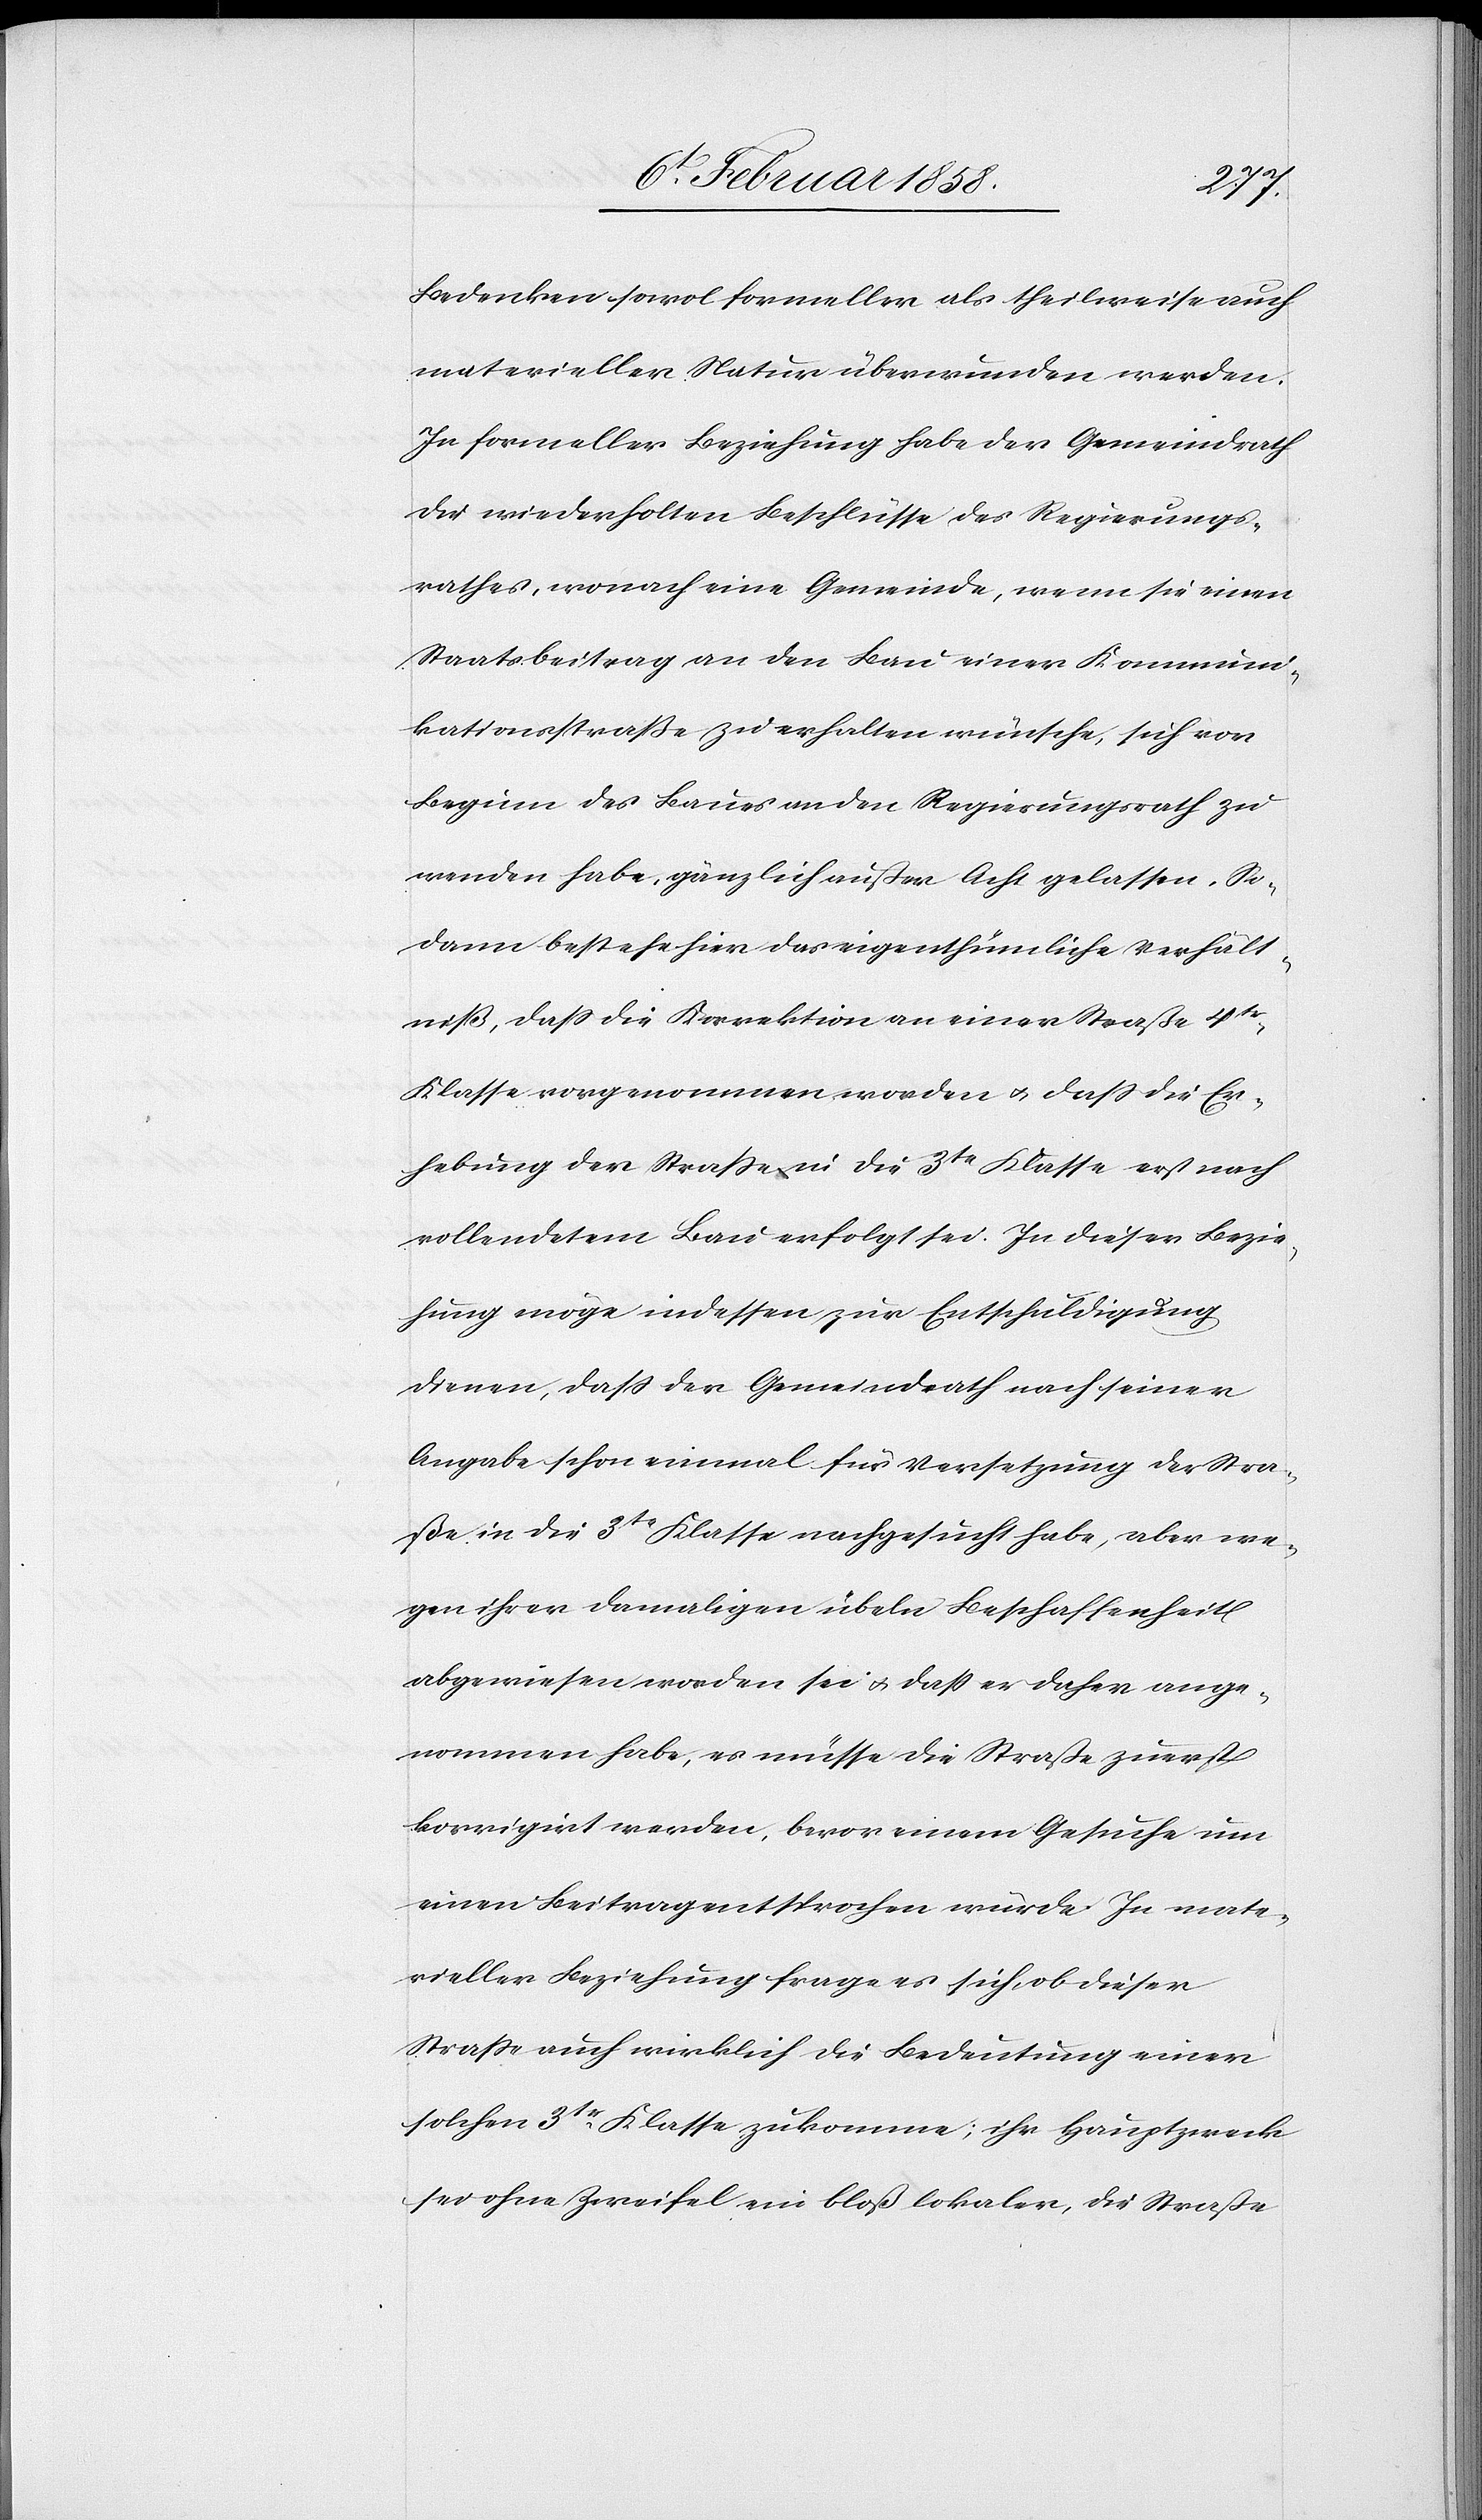
Bedenken sowol formeller als theilweise auch
materieller Natur überwunden werden.
In formeller Beziehung habe der Gemeindrath
die wiederholten Beschlüsse des Regierungs¬
rathes, wonach eine Gemeinde, wenn sie einen
Staatsbeitrag an den Bau einer Kommuni¬
kationsstraße zu erhalten wünsche, sich vor
Beginn des Baues an den Regierungsrath zu
wenden habe, gänzlich außer Acht gelassen. So¬
dann bestehe hier das eigenthümliche Verhält¬
niß, daß die Korrektion an einer Straße 4tr
Klasse vorgenommen worden u. daß die Er¬
hebung der Straße in die 3te Klasse erst nach
vollendetem Bau erfolgt sei. In dieser Bezie¬
hung möge indessen zur Entschuldigung
dienen, daß der Gemeindrath nach seiner
Angabe schon einmal für Versetzung der Stra¬
ße in die 3te Klasse nachgesucht habe, aber we¬
gen ihrer damaligen übeln Beschaffenheit
abgewiesen worden sei u. daß er daher ange¬
nommen habe, es müsse die Straße zuerst
korrigirt werden, bevor einem Gesuche um
einen Beitrag entsprochen würde. In mate¬
rieller Beziehung frage es sich, ob dieser
Straße auch wirklich die Bedeutung einer
solchen 3tr Klasse zukomme; ihr Hauptzweck
sei ohne Zweifel ein bloß lokaler, die Straße